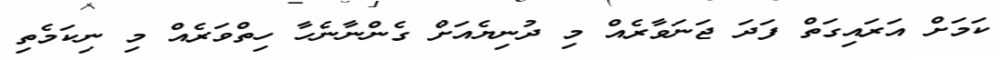
ކަމަށް އަރައިގަތް ފަދަ ޖަނަވާރެއް މި ދުނިޔެއަށް ގެންނާނެހާ ހިތްވަރެއް މި ނިކަމެތި